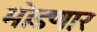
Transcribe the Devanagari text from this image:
मोडणार